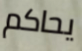
يحاكم